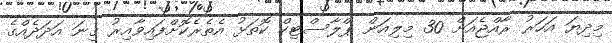
މިދިޔަ އަހަރު ރާއްޖެއަށް 30 މިިލިއަން ޕްލާސްޓިކް ކޮތަޅު އެތެރެކޮށްފައިވާއިރު ގިނަ އަދަދެއްގެ